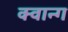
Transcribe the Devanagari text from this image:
क्वान्ग